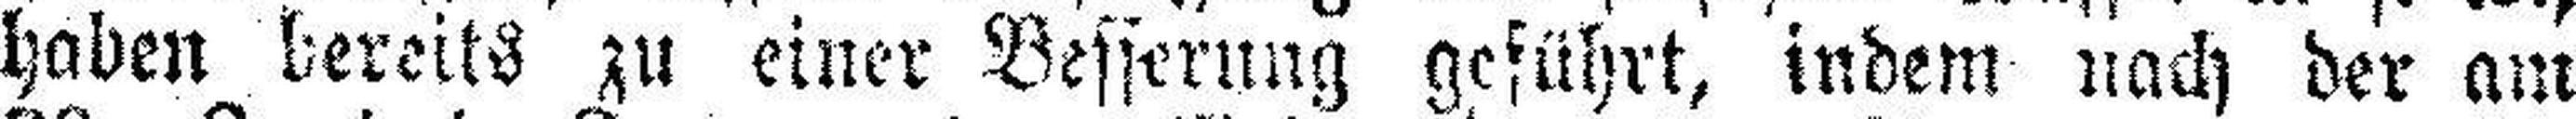
haben bereits zu einer Besserung geführt, indem nach der am